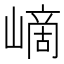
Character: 㠃